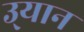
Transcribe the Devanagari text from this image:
उ्यान